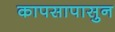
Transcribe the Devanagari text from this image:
कापसापासुन